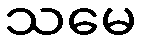
သမေ